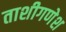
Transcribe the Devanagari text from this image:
ताशीगणेश